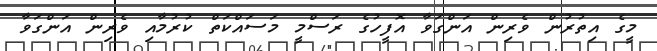
މީގެ އިތުރުން ވެރިން އަންގަވާ އޮފީހުގެ ރަސްމީ މަސައްކަތް ކުރުމާއި ވެރިން އަންގަވާ